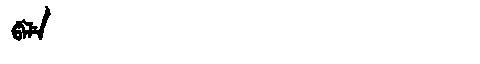
Manchu: ᡦᡝᠯᡝ
Romanization: PELE